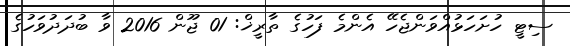
ސިޓީ ހުށަހަޅުއްވަންޖެހޭ އެންމެ ފަހުގެ ތާރީޚް: 01 ޖޫން 2016 ވާ ބުދަދުވަހުގެ